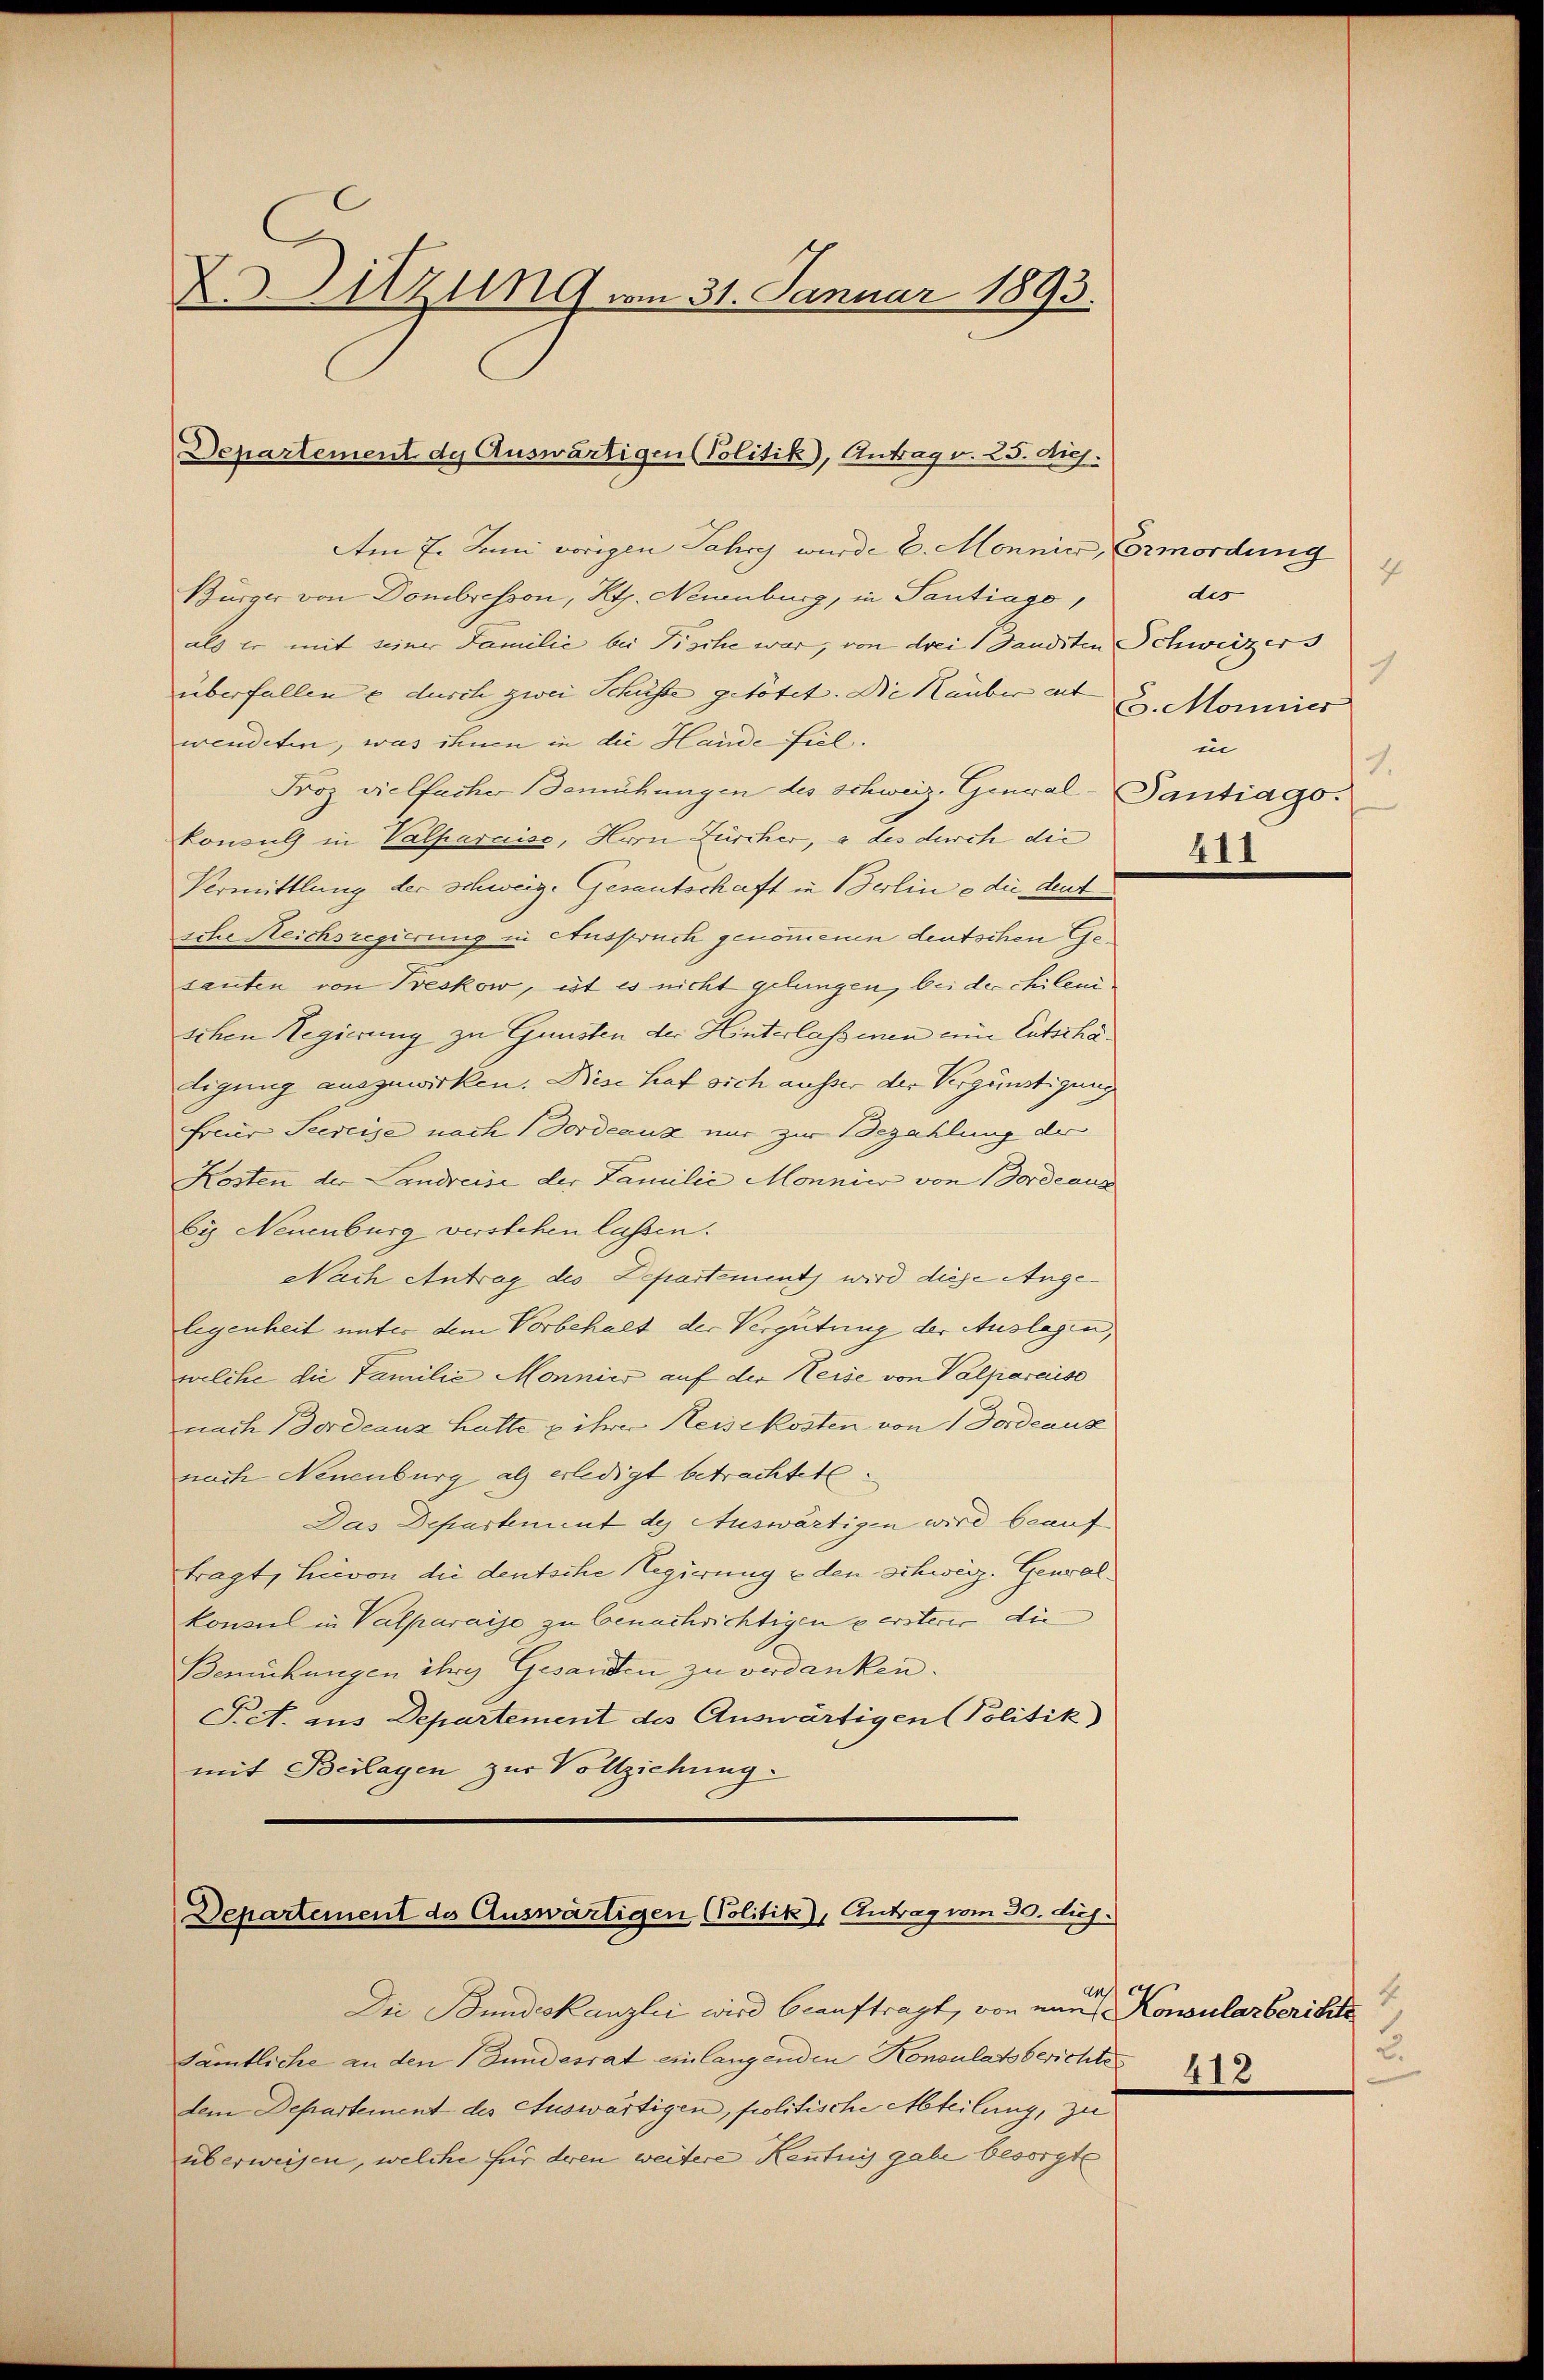
Dr. Sitzung vom 31. Januar 1893.

Departement de Auswärtigen (Politik, Antrag v. 25. dich.

Am 7. Juni vorigen Jahre wurde 6. Monnie, Cormordung
Bürger von Dombresson, Kts. Neuenburg, in Santiage,
als er mit seiner Familie bei Fische war, von drei Sandsten Schweizers
überfallen u durch zwei Schüsse getötet. Die Hauber ent
wendeten, was ihnen in die Hande fiel.
Froz vielfacher Bemühungen des schweiz. General-Tantiago.
konsuls in Valparuise, Herrn Zürcher, a des durch die
Vermittlung der schweiz. Gesantschaft in Berline die deut
sche Reichsregierung in Anspruch genommenen deutschen Gesanten von Kreskow, ist es nicht gelungen, bei der chilen
schen Regierung zu Gunsten der Hinterlassenen eine Entschätigung auszuwirken. Diese hat sich ausser der Vergünstigung
Freur Secreise nach Fordeauz nur zur Bezahlung der
Kosten der Landreise der Familie Monnier von Bordeaus
by Neuenburg verstehen lassen.
Nach Antrag des Departement wird diese Angelegenheit unter dem Vorbehalt der Vergütung der Auslagen,
welche die Familie Monnies auf der Keise von Valparaise
nach 1 Dordeaux hatte u ihrer Reisekosten von Fordeaux
nach Neuenburg als erledigt betrachtete.
Das Departement des Auswärtigen wird beauftragt, hervon die deutsche Regierung u den Schweiz. Gewal
konsul in Valparaise zu benachrichtigen zersterer die
Bemühungen ihres Gesandten zu verdanken.
Pct. aus Departement des Auswärtigen (Politik)
mit Beilagen zur Vollziehung.

Departement des Auswärtigen Politik), Antrag vom 30. diej

4
des
.
6. Monnier
in
1.

Die Bundeskanzlei wird beauftragt, von ein Konsularberichte
Sämtliche an den Bundesrat einlangenden Konsulatsberichte
dem Departement des Auswärtigen, politische Abteilung, zu
überweisen, welche für deren weitere Kenntnis gabe besorgte

411

h
E
2.
412